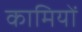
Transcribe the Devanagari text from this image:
कामियों